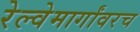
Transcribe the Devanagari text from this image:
रेल्वेमार्गांवरच